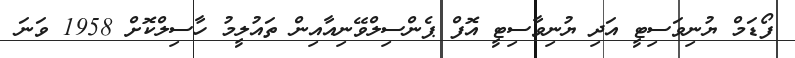
ފޯޑަމް ޔުނިވަސިޓީ އަދި ޔުނިވާސިޓީ އޮފް ޕެންސިލްވޭނިއާއިން ތައުލީމު ހާސިލްކޮށް 1958 ވަނަ